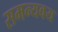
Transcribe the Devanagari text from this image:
समन्यवय